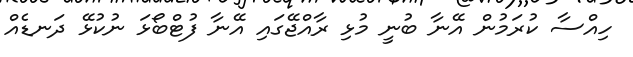
ހިއްސާ ކުރަމުން އޭނާ ބުނީ މުޅި ރާއްޖޭގައި އޭނާ ފުޓްބޯޅަ ނުކުޅޭ ދަނޑެއް